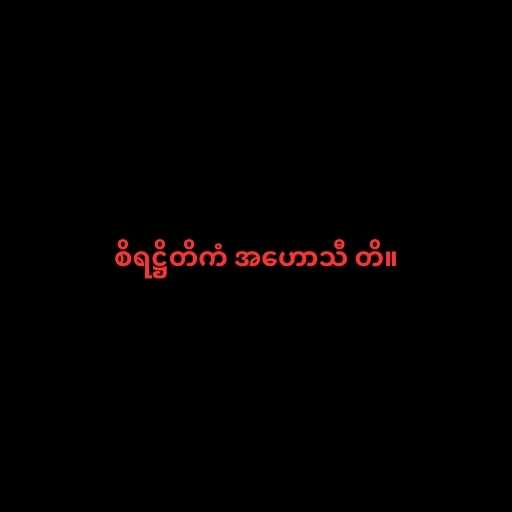
စိရဋ္ဌိတိကံ အဟောသီ တိ။